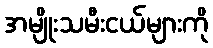
အမျိုးသမီးငယ်များကို